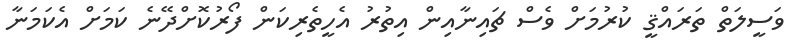
ވަސީލަތް ތަރައްޤީ ކުރުމަށް ވެސް ޗައިނާއިން އިތުރު އެހީތެރިކަން ފޯރުކޮށްދޭނެ ކަމަށް އެކަމަނާ